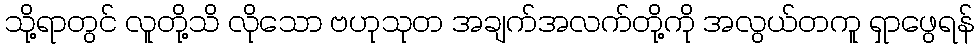
သို့ရာတွင် လူတို့သိ လိုသော ဗဟုသုတ အချက်အလက်တို့ကို အလွယ်တကူ ရှာဖွေရန်